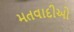
મતવાદીઓ